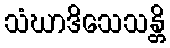
သံဃာဒိသေသန္တိ